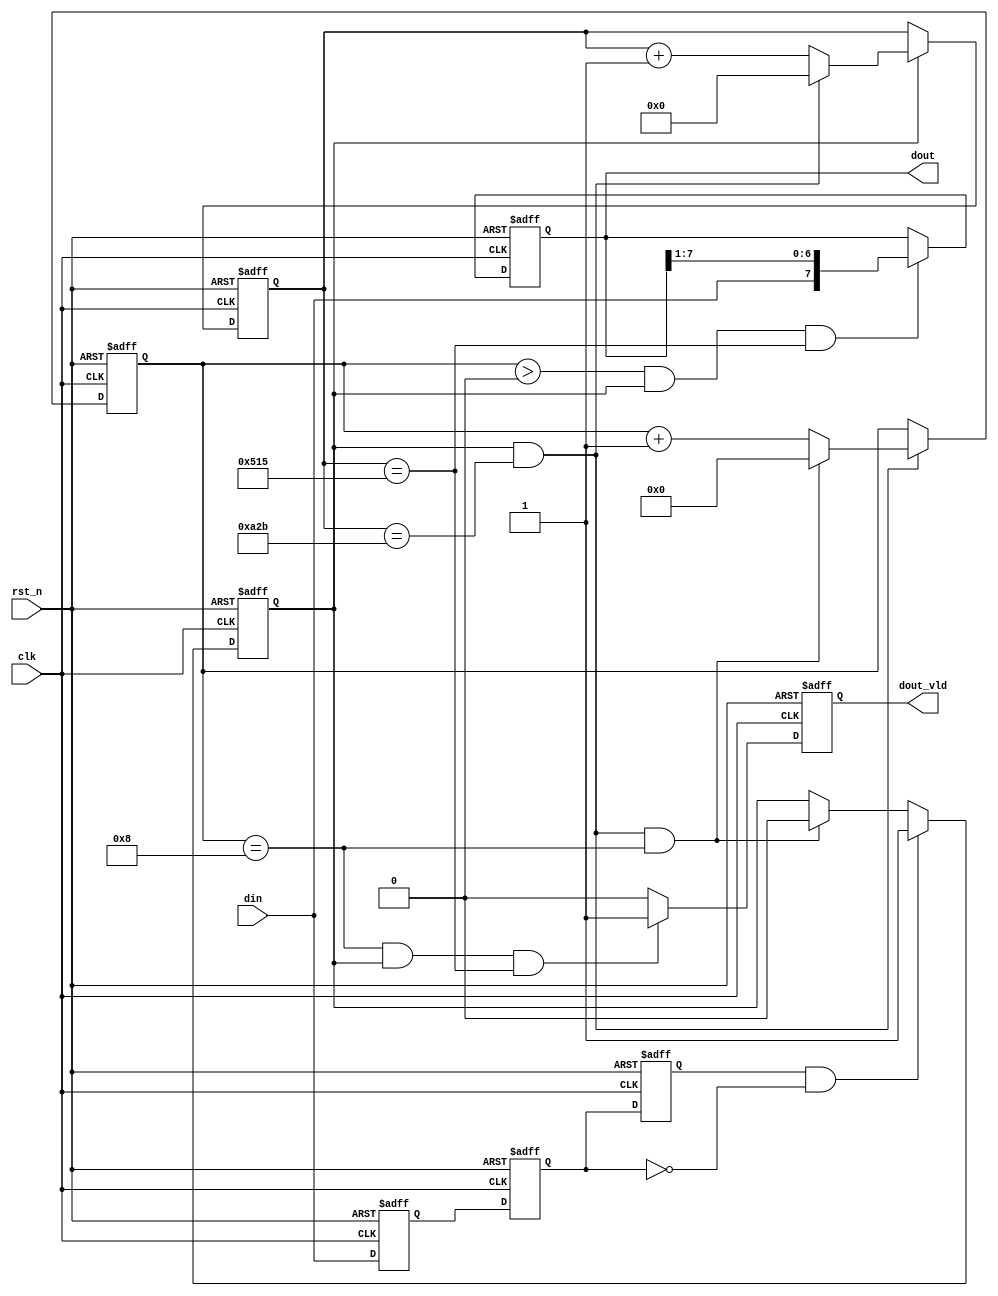
module uart_rx(
                 clk,
                 rst_n,
                 din,
                 dout,
                 dout_vld
             );

parameter          CNT_MAX = 2604; 
parameter          DATA_W = 8;

input               clk          ;		
input               rst_n        ;	
input               din          ;
output reg  [DATA_W-1:0]  dout         ;		
output reg             dout_vld     ;


reg                 din0;
reg                 din1;
reg                 din2;

reg  [31:0]         cnt0;
wire                add_cnt0;
wire                end_cnt0;

reg  [3:0]          cnt1;
wire                add_cnt1;
wire                end_cnt1;

reg                 flag_rx;
wire                rx_start;

always  @(posedge clk or negedge rst_n)begin
    if(rst_n==1'b0)begin
        din0 <= 1'b0;
        din1 <= 1'b0;
        din2 <= 1'b0;
    end
    else begin
        din0 <= din;
        din1 <= din0;
        din2 <= din1;
    end
end

assign rx_start = din2 & (~din1);//  

always @(posedge clk or negedge rst_n)begin
    if(!rst_n)begin
     cnt0 <= 0;
 end
 else if(add_cnt0)begin
     if(end_cnt0)
        cnt0 <= 0;
   else
      cnt0 <= cnt0 + 1'b1;
 end
end

assign add_cnt0 = (flag_rx == 1'b1);
assign end_cnt0 = add_cnt0 && cnt0== (CNT_MAX - 1);

always @(posedge clk or negedge rst_n)begin 
    if(!rst_n)begin
        cnt1 <= 0;
    end
    else if(add_cnt1)begin
        if(end_cnt1)
            cnt1 <= 0;
        else
            cnt1 <= cnt1 + 1'b1;
    end
end

assign add_cnt1 = end_cnt0;
assign end_cnt1 = add_cnt1 && cnt1== (9 - 1);

always  @(posedge clk or negedge rst_n)begin
    if(rst_n==1'b0)begin
        flag_rx <= 1'b0;
    end
    else if(rx_start == 1'b1)begin
        flag_rx <= 1'b1;
    end
    else if(end_cnt1)begin
        flag_rx <= 1'b0;
    end
end

always  @(posedge clk or negedge rst_n)begin
    if(rst_n==1'b0)begin
        dout <= 8'h00;
    end
    else if((cnt1 > 0) && add_cnt0 && cnt0 == ((CNT_MAX / 2) - 1))begin
        dout <= {din, dout[7:1]};
    end
end

always  @(posedge clk or negedge rst_n)begin
    if(rst_n==1'b0)begin
        dout_vld <= 1'b0;
    end
    else if(cnt1 == (9 - 1) && add_cnt0 && cnt0 == ((CNT_MAX / 2) - 1))begin
        dout_vld <= 1'b1;
    end
    else begin
        dout_vld <= 1'b0;
    end
end

endmodule